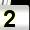
Digit: 2